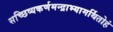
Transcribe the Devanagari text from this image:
सच्छिष्यकर्णमन्द्राभ्यामर्थितोहं